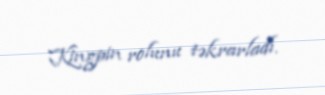
Kingpin rolunu təkrarladı.